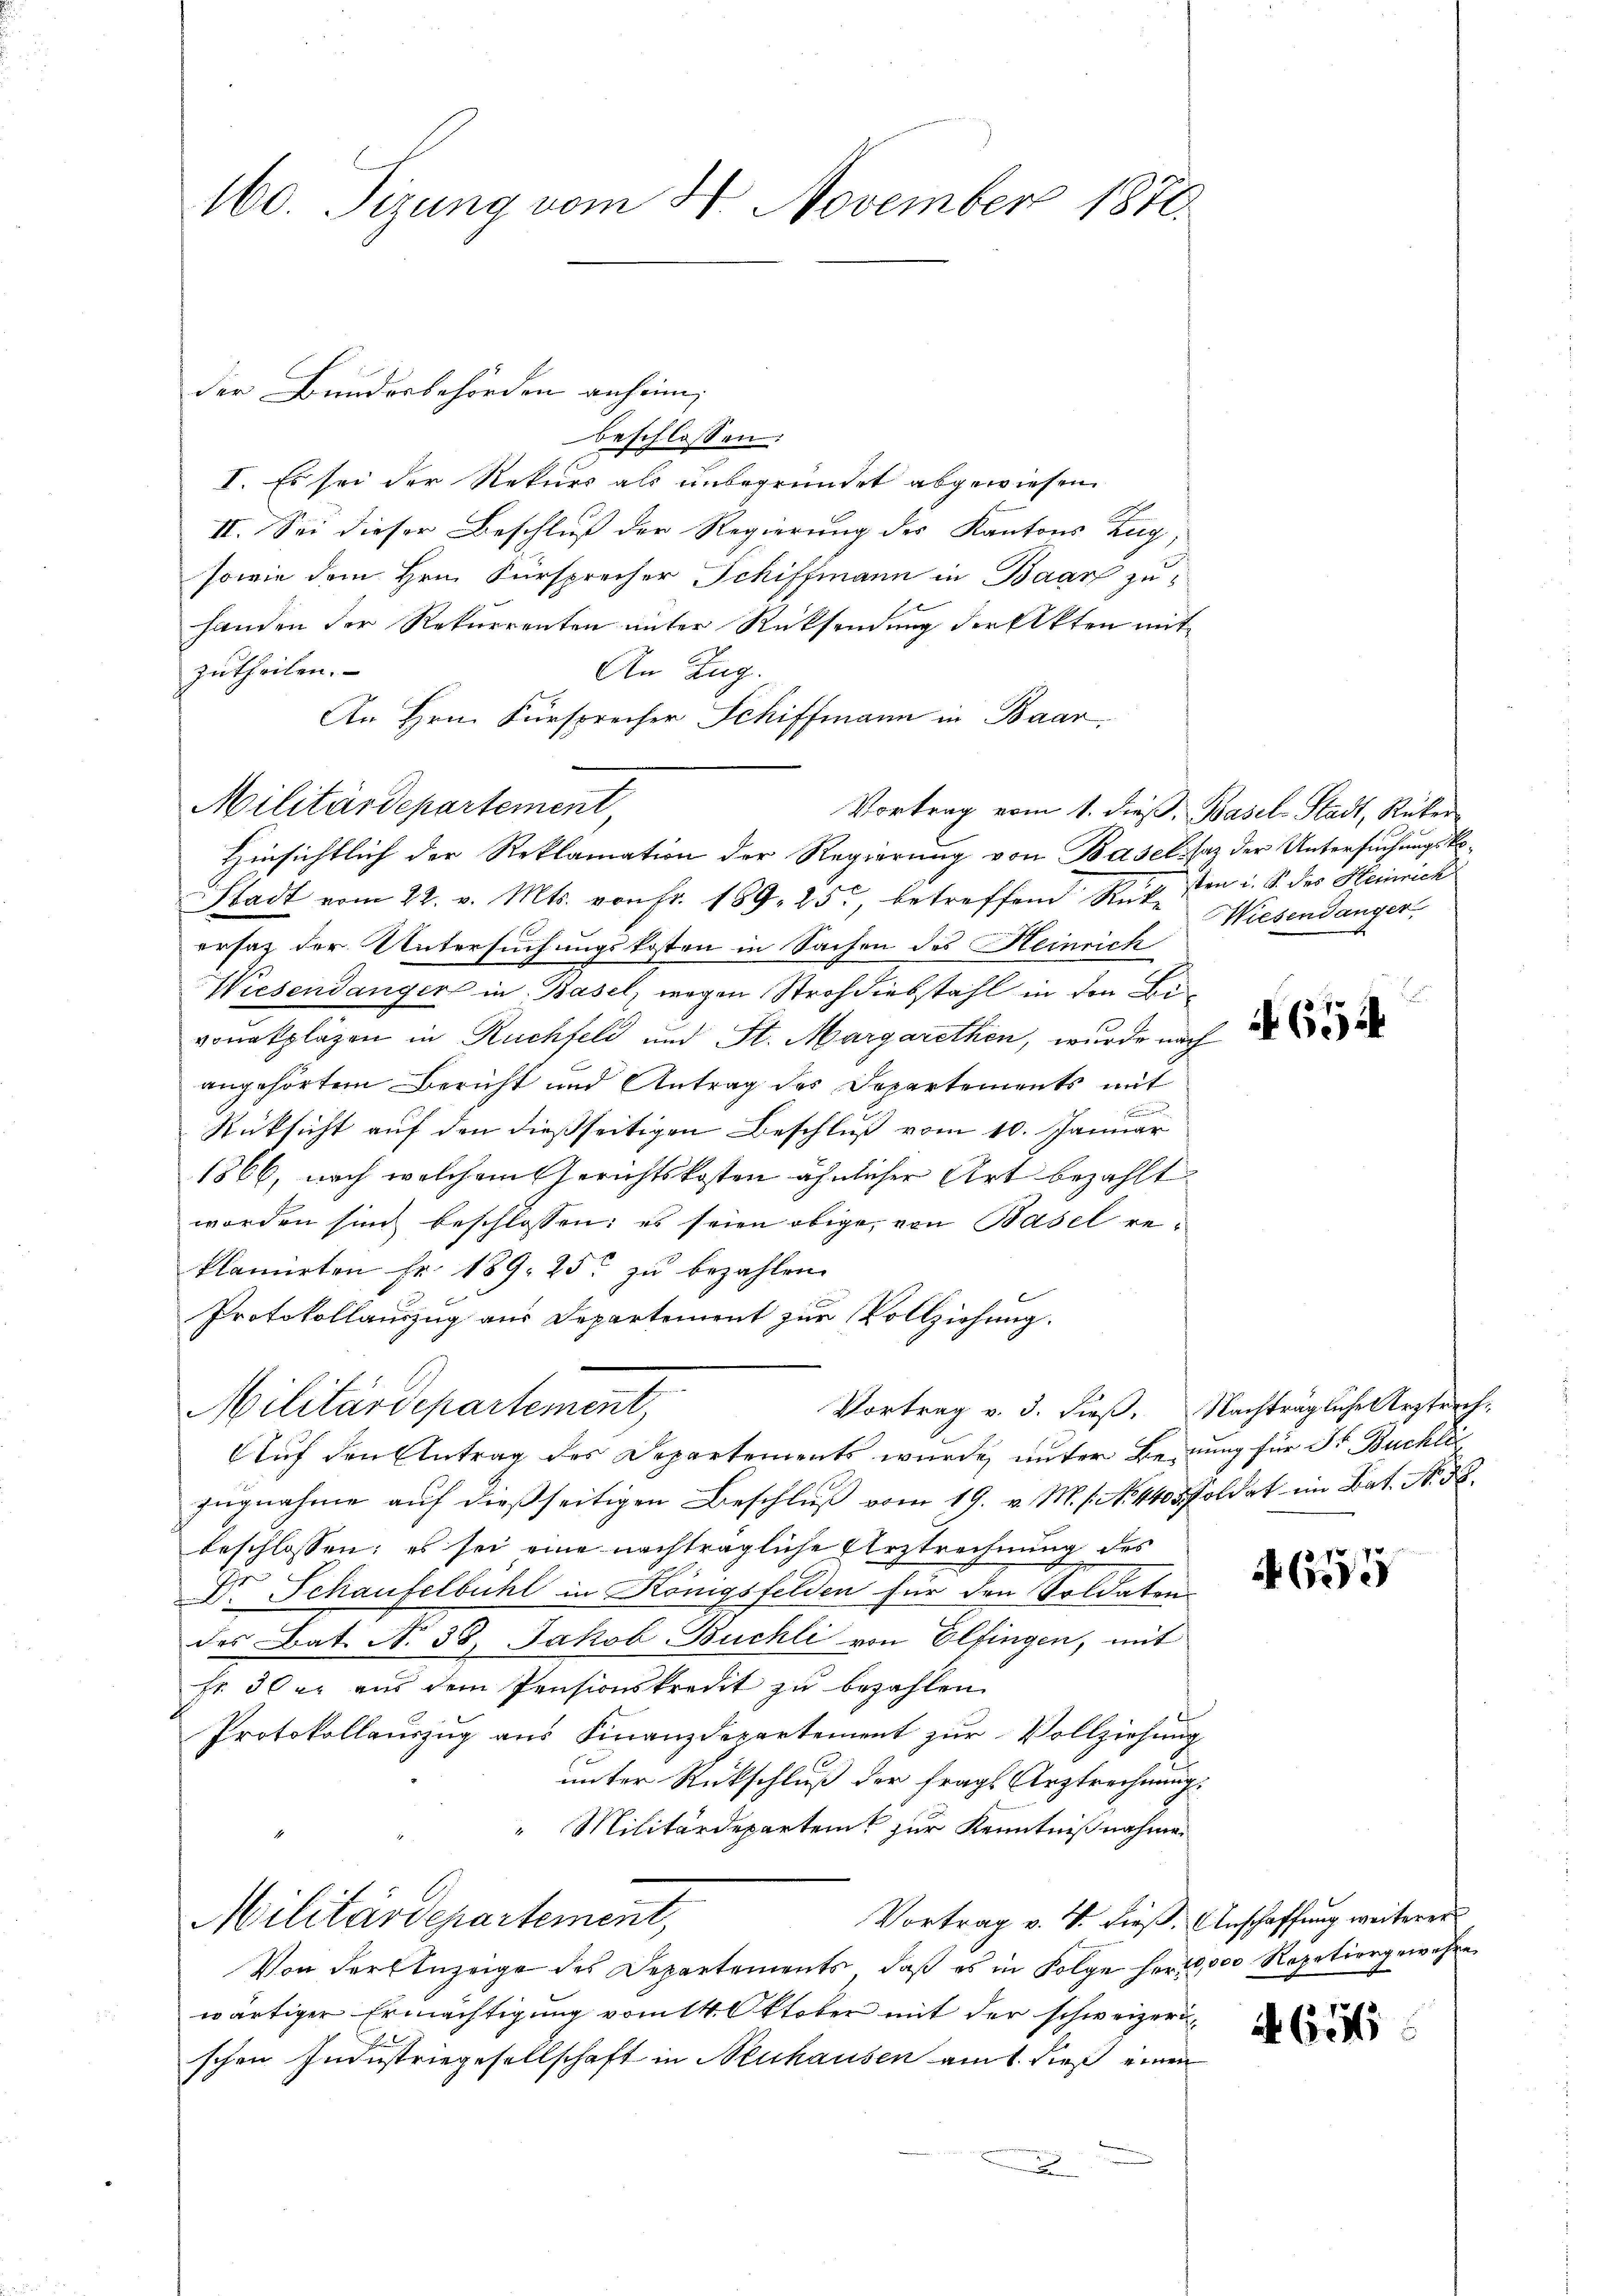
160. Sizung vom 4 November 1876.

beschlossen:
I. Es sei der Rekurs als unbegründet abgewiesen
II. Sei dieser Beschluß der Regierung des Kantons Zug,
sowie dem Hrn. Fürsprecher Schiffmann in Baar zu
handen der Rekurrenten unter Rücksendung der Akten mit
zutheilen.
An Zug.
An Hrn. Fürsprecher Schiffmann in Baar,
Militärdepartement,
Vortrag vom 1. dieβ, Basel-Stadt, Rüker
Hinsichtlich der Reklamation der Regierung von Baselsaz der Untersuchungsko¬
Stadt vom 22. v. Mts. von Fr. 189, 25, betreffend Russen u. S. des Heinrich
ersaz der Untersuchungskosten in Sachen des Heinrich
Wiesendanger in Basel, wegen Strohdiebstahl in den Bivonakpläzen in Ruchfeld und St. Margarethen, wurde nach
angehörten Bericht und Antrag des Departements mit
.
Rücksicht auf den dießseitigen Beschluß vom 10. Januar
1866, nach welchem Gerichtskosten ähnlicher Art bezahlt.
worden sind beschlossen: es seien obige, von Basel reklamirten Fr. 189. 25. zu bezahlen.
Protokollauszug aus Departement zur Vollziehung.
Militärdepartement,
Vortrag v. 3. dieß. Nachträgliche Urztrech-
Auf den Antrag des Departements wurde unter Berung für Fr. Buchlie
zugnahme auf dießseitigen Beschluß vom 19. v. M. s. No. 4405 Soldat im Bat. No. 58.
beschlossen; es sei eine nachträgliche Urstrechnung des
Dr. Schaufelbühl in Königsfelden für den Soldaten.
des Bat. No. 38. Jakob Buchli von Elfingen, mit
fr. 30 xr aŭs dem Pensionskredit zŭ bezahlen.
Protokollauszug aus Finanzdepartement zur Vollziehung
unter Rückschluß der fragt Arztrechnung.
"Militärdepartent zur Kenntnißnahme
Militärdepartement,
Vortrag v. 4. dieß. Anschaffung weiterer
Von der Anzeige des Departements, daß es in Folge herr, 000 Repetiergewähren
wärtiger Ermächtigung vom 14. Oktober mit der schweizerischen Industriegesellschaft in Neuhausen am 1. dieß einen

der Bundesbehörden anheim,

Wiesendanger

N 651

N 657

461